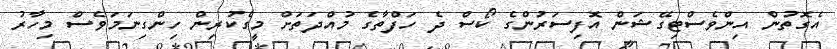
އެގޮތުން އިންވެސްޓިގޭޝަން އޮފިސަރުންގެ ކޯސް ދެ ހަފްތާގެ މުއްދަތަށް މީގެކުރިން ހިންގިނަމަވެސް މިހާރު